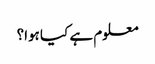
معلوم ہے کیا ہوا؟